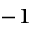
^ { - 1 }